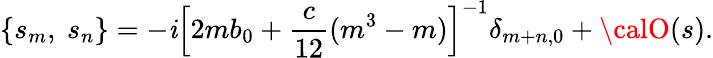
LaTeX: \left\{ s_{m},\ s_{n}\right\} =-\mathit{i}\left[2mb_{0}+\frac{{c}}{{12}}(m^{3}-m)\right]^{-1}\delta_{m+n,0}+{\calO}(s).